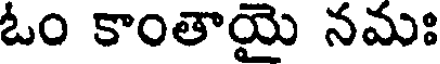
ఓం కాంతాయై నమః